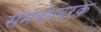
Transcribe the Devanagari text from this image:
समबंधपरक